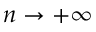
n \to + \infty